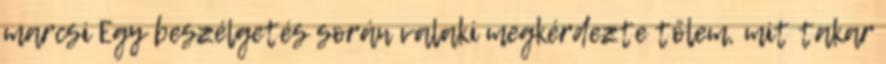
marcsi Egy beszélgetés során valaki megkérdezte tőlem, mit takar